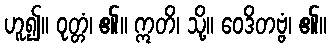
ဟူ၍။ ဝုတ္တံ၊ ၏။ ဣတိ၊ သို့။ ဝေဒိတဗ္ဗံ၊ ၏။